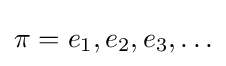
\pi =e_{1},e_{2},e_{3},\ldots